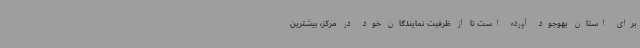
برای استان بهوجود آورده است تا از ظرفیت نمایندگان خود در مرکز، بیشترین